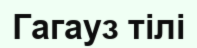
Гагауз тілі